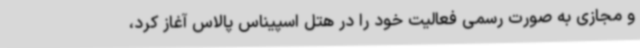
و مجازی به صورت رسمی فعالیت خود را در هتل اسپیناس پالاس آغاز کرد،